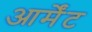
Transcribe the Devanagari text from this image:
आर्मेंट